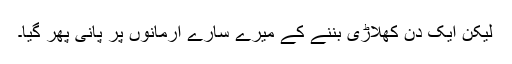
لیکن ایک دن کھلاڑی بننے کے میرے سارے ارمانوں پر پانی پھر گیا۔